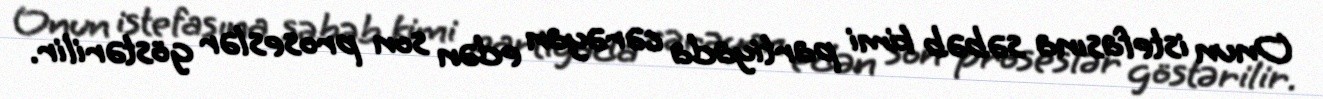
Onun istefasına səbəb kimi partiyada cərəyan edən son proseslər göstərilir.